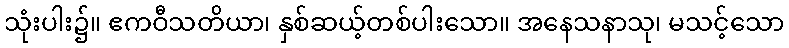
သုံးပါး၌။ ဧကဝီသတိယာ၊ နှစ်ဆယ့်တစ်ပါးသော။ အနေသနာသု၊ မသင့်သော